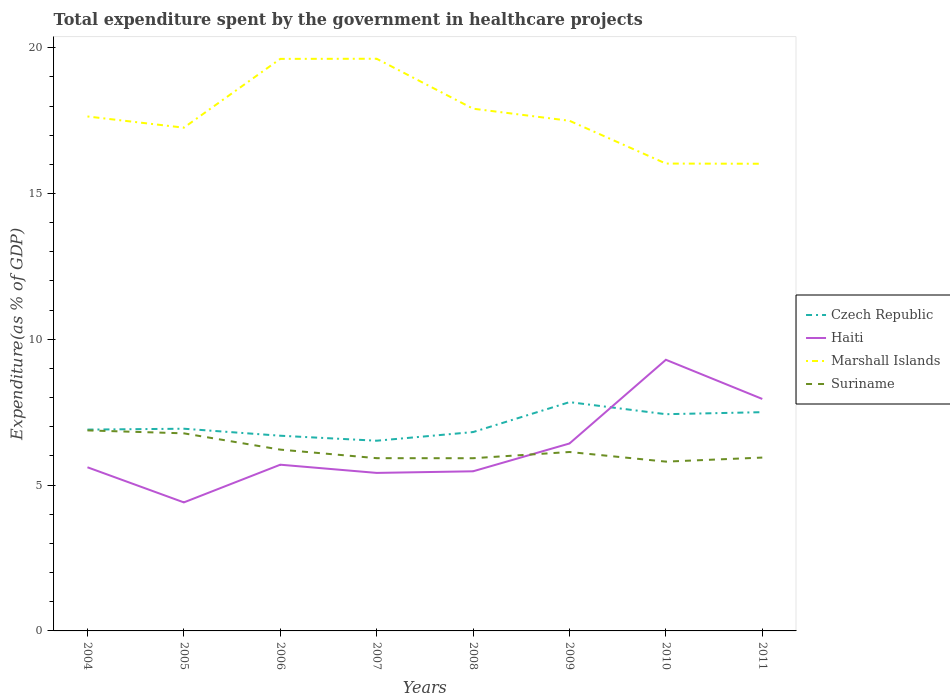
| Years | Czech Republic | Haiti | Marshall Islands | Suriname |
 | --- | --- | --- | --- | --- |
 | 2004 | 6.9 | 5.61 | 17.6 | 6.88 |
 | 2005 | 6.93 | 4.41 | 17.3 | 6.78 |
 | 2006 | 6.69 | 5.7 | 19.6 | 6.22 |
 | 2007 | 6.52 | 5.42 | 19.6 | 5.92 |
 | 2008 | 6.82 | 5.47 | 17.9 | 5.92 |
 | 2009 | 7.85 | 6.43 | 17.5 | 6.14 |
 | 2010 | 7.43 | 9.3 | 16 | 5.81 |
 | 2011 | 7.5 | 7.95 | 16 | 5.94 |